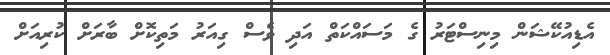
އެޑިއުކޭޝަން މިނިސްޓަރު ގެ މަސައްކަތް އަދި ވެސް ގިއަރު މަތިކޮށް ބާރަށް ކުރިއަށް